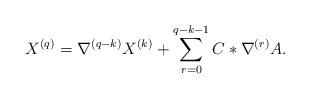
LaTeX: \begin{align*} X^{(q)} = \nabla^{(q-k)}X^{(k)} + \sum_{r=0}^{q-k - 1}C\ast\nabla^{(r)}A.\end{align*}